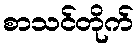
စာသင်တိုက်